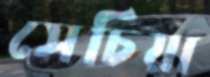
সেচিয়া